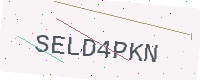
Text: SELD4PKN